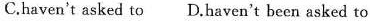
C.haven't asked to D.Haven't been asked to